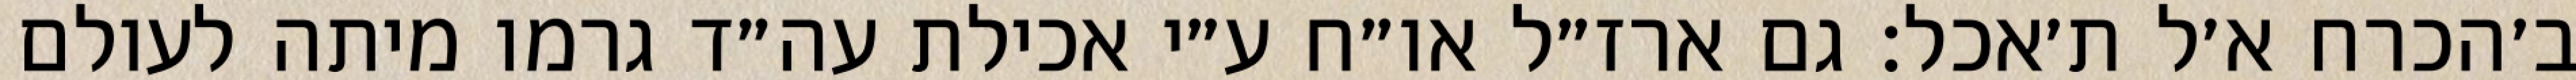
ב׳הכרח א׳ל ת׳אכל: גם ארז״ל או״ח ע״י אכילת עה״ד גרמו מיתה לעולם